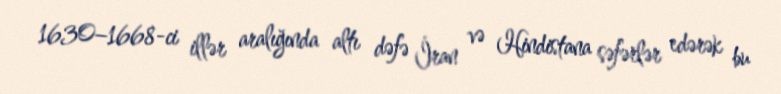
1630–1668-ci illər aralığında altı dəfə İran və Hindistana səfərlər edərək bu